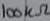
Text: 100KΩ